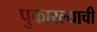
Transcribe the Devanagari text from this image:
पुकारल्याची